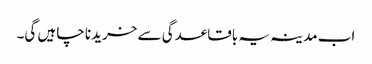
اب مدینہ یہ باقاعدگی سے خریدنا چاہیں گی۔